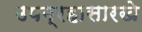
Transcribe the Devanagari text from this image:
उपग्रहासारखे